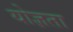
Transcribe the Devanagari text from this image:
योज्ञता